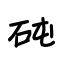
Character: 砘